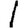
Digit: 1